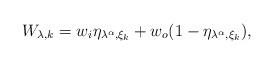
LaTeX: \begin{align*}W_{\lambda,k}=w_i\eta_{\lambda^{\alpha},\xi_k}+w_o(1-\eta_{\lambda^{\alpha},\xi_k}),\end{align*}